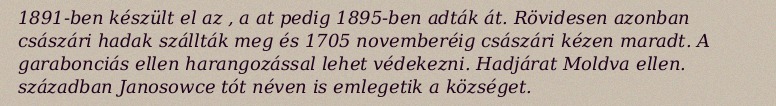
1891-ben készült el az , a at pedig 1895-ben adták át. Rövidesen azonban császári hadak szállták meg és 1705 novemberéig császári kézen maradt. A garabonciás ellen harangozással lehet védekezni. Hadjárat Moldva ellen. században Janosowce tót néven is emlegetik a községet.